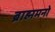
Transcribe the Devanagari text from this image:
ब्राह्ममनो